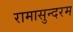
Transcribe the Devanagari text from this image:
रामासुन्दरम